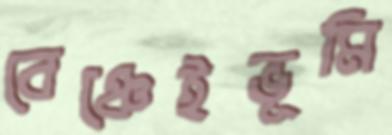
বেঞ্চেইভূমি